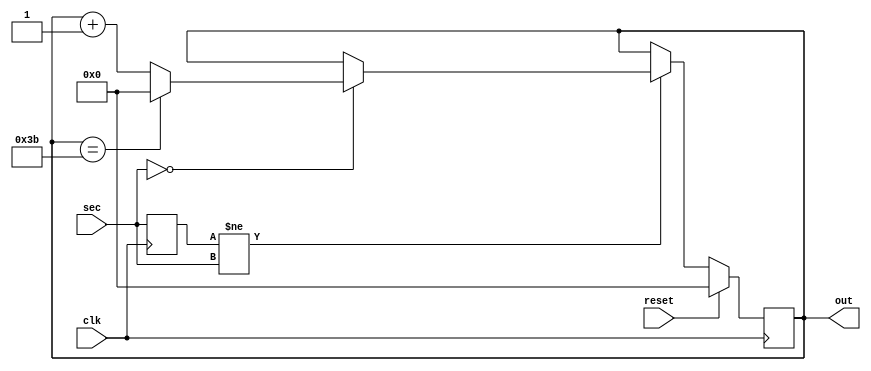
module minutes (input    wire   [5:0]    sec,
                input    wire            reset,
                input    wire            clk,
                output   reg    [5:0]    out
);

reg [5:0] prev_sec = 0;

initial begin
  out <= 6'b0;
end

always @(posedge clk) begin
	prev_sec <= sec;	
end

always @(posedge clk) begin
  if (reset) begin
    out <= 6'b0;
  end else begin
  if (prev_sec != sec) begin
    if (sec == 0) begin 	
      if (out == 59) begin
			out <= 6'b0;
      end else begin
			out <= out + 1;
		end
    end
	end 
  end
end

endmodule